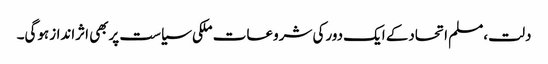
دلت،مسلم اتحادکے ایک دورکی شروعات ملکی سیاست پربھی اثراندازہوگی۔